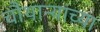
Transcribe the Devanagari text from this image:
चौथाऱ्यांच्या